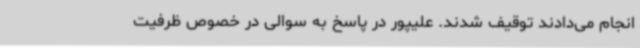
انجام می‌دادند توقیف شدند. علیپور در پاسخ به سوالی در خصوص ظرفیت